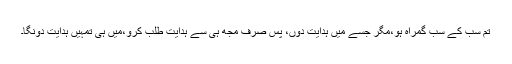
تم سب کے سب گمراہ ہو،مگر جسے میں ہدایت دوں، پس صرف مجھ ہی سے ہدایت طلب کرو،میں ہی تمہیں ہدایت دونگا۔